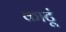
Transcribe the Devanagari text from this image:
काटूं